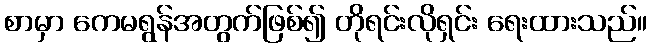
စာမှာ ကေမရွန်အတွက်ဖြစ်၍ တိုရင်းလိုရှင်း ရေးထားသည်။